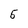
Character: 5